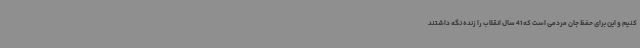
کنیم و این برای حفظ جان مردمی است که 41 سال انقلاب را زنده نگه داشتند